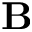
\textbf { B }